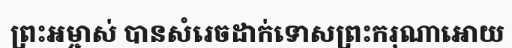
ព្រះអម្ចាស់ បានសំរេចដាក់ទោសព្រះករុណាអោយ